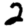
Digit: 2